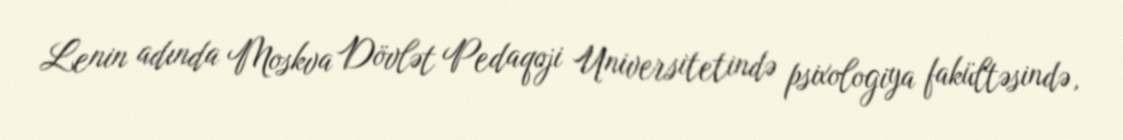
Lenin adında Moskva Dövlət Pedaqoji Universitetində psixologiya fakültəsində,